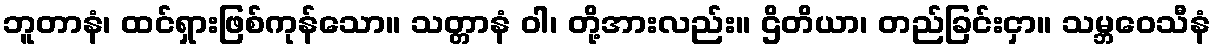
ဘူတာနံ၊ ထင်ရှားဖြစ်ကုန်သော။ သတ္တာနံ ဝါ၊ တို့အားလည်း။ ဌိတိယာ၊ တည်ခြင်းငှာ။ သမ္ဘဝေသီနံ